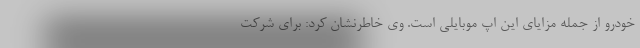
خودرو از جمله مزایای این اپ موبایلی است. وی خاطرنشان کرد: برای شرکت